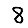
Digit: 8